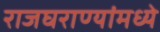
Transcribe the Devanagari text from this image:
राजघराण्यांमध्ये